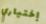
إختياري